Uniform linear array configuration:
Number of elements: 64
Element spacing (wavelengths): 0.5
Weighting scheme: binomial
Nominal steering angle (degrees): -30
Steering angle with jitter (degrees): -31.315
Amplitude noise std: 0.05
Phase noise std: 0.05

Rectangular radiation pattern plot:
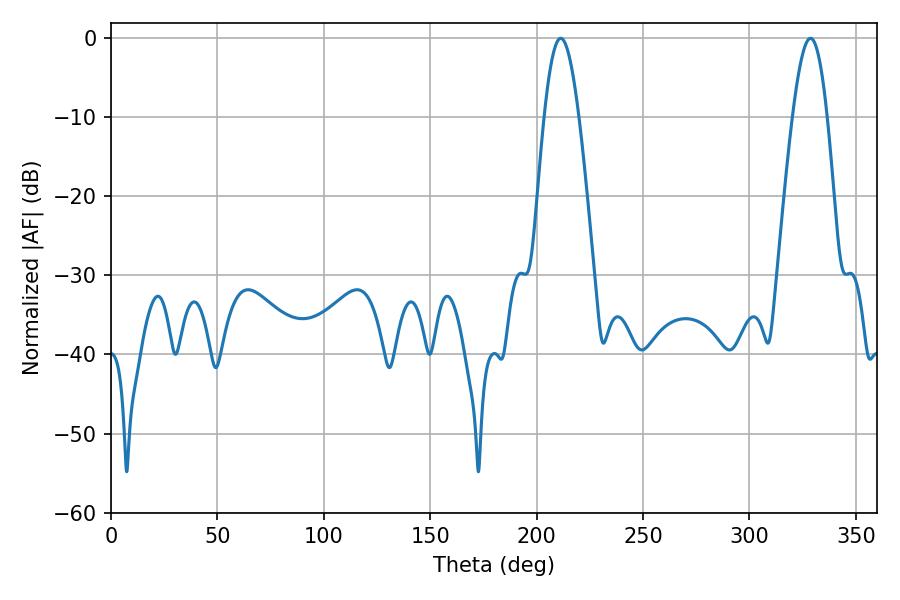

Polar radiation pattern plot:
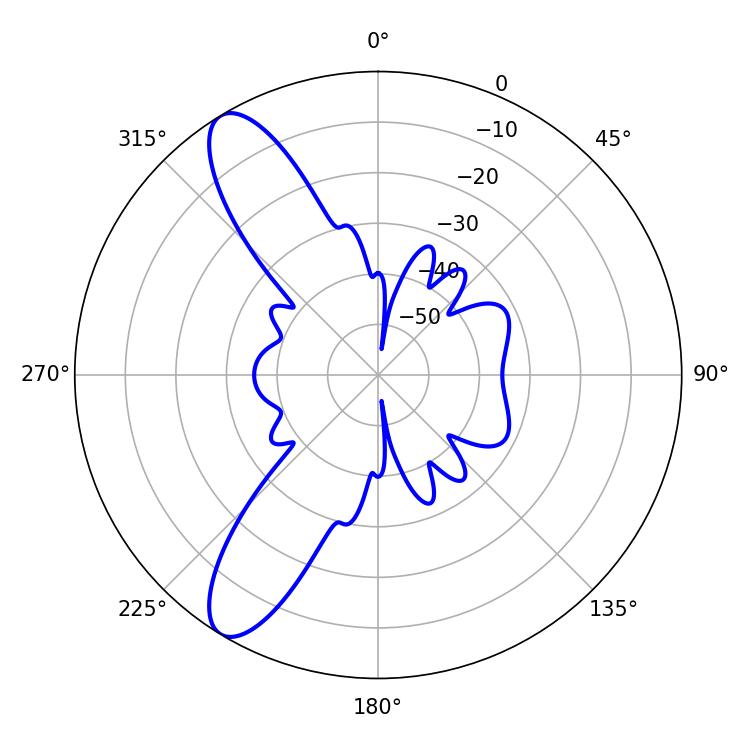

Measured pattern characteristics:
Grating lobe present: FALSE
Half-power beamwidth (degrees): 8.82
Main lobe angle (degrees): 211.32